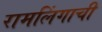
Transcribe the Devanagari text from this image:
रामलिंगाची